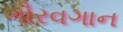
ગૌરવગાન